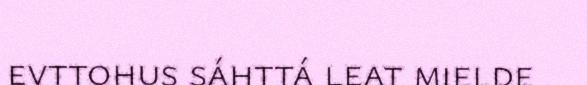
evttohus sáhttá leat mielde